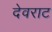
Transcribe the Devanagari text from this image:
देवराट